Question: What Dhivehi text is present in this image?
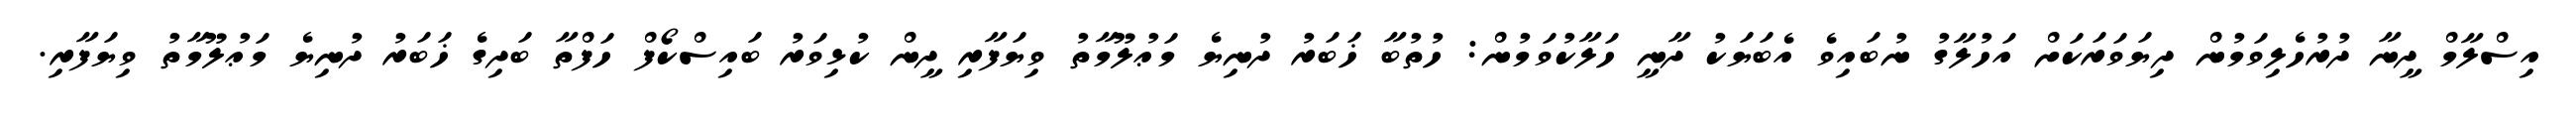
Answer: އިސްލާމް ދީނާ ދުރުހެލިވަމުން ދިޔަވަރަކަށް އަހުލާގު ނުބައިވެ އެބަޔަކު ދާނީ ހަލާކުވަމުން: ހުތުބާ ޚަބަރު ދުނިޔެ މަޢުލޫމާތު ވިޔަފާރި ދީން ކުޅިވަރު ބައިސްކޯފް ހަފްތާ ބަދިގެ ޚަބަރު ދުނިޔެ މަޢުލޫމާތު ވިޔަފާރި.